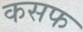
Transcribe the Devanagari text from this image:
कसफ